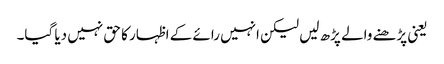
یعنی پڑھنے والے پڑھ لیں لیکن انہیں رائے کے اظہار کا حق نہیں دیا گیا۔